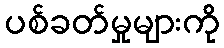
ပစ်ခတ်မှုများကို